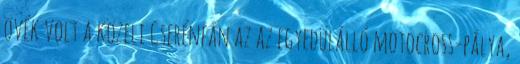
övék volt a közeli Cserénfán az az egyedülálló motocross-pálya,